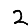
Digit: 2